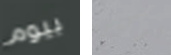
بيوم أتركنى